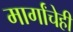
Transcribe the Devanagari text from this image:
मार्गांचेही